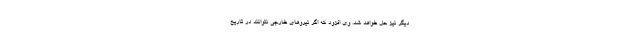
دیگر نیز حل خواهد شد. وی افزود که اگر نیروهای خارجی نتوانند در تاریخ